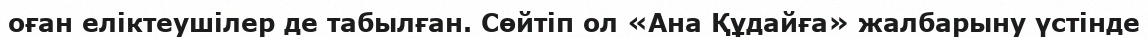
оған еліктеушілер де табылған. Сөйтіп ол «Ана Құдайға» жалбарыну үстінде